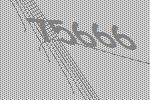
75666